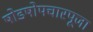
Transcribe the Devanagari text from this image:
षोडषोपचारपूजा